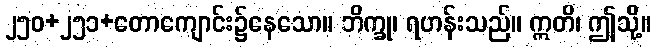
၂၅၀+၂၅၁+တောကျောင်း၌နေသော။ ဘိက္ခု၊ ရဟန်းသည်။ ဣတိ၊ ဤသို့။